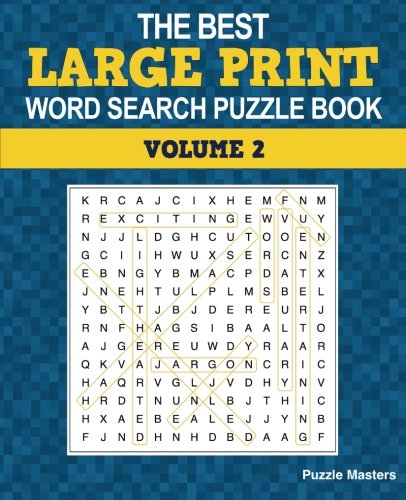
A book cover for The Best Large Print Word Search Puzzle Book: A Collection of 50 Themed Word Search Puzzles; Great for Adults and for Kids! (The Best Large Print Word Search Puzzle Books) (Volume 2); Puzzle Masters; Humor & Entertainment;